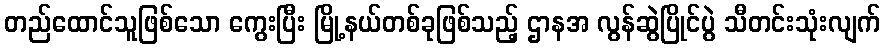
တည်ထောင်သူဖြစ်သော ကွေးပြီး မြို့နယ်တစ်ခုဖြစ်သည့် ဌာနအ လွန်ဆွဲပြိုင်ပွဲ သီတင်းသုံးလျက်